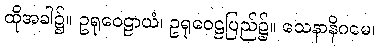
ထိုအခါ၌။ ဥရုဝေဠာယံ၊ ဥရုဝေဠပြည်၌။ သေနာနိဂမေ၊